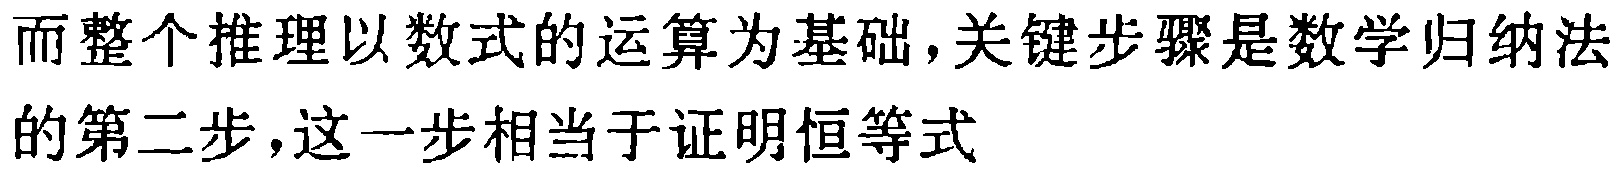
而整个推理以数式的运算为基础,关键步骤是数学归纳法的第二步,这一步相当于证明恒等式